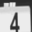
Digit: 4